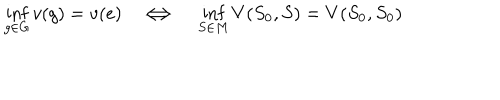
LaTeX: \inf _ { g \in G } v ( g ) = v ( e ) \Longleftrightarrow { } \inf _ { S \in M } V ( S _ { 0 } , S ) = V ( S _ { 0 } , S _ { 0 } )